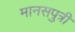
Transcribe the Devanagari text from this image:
मानसपुत्री